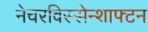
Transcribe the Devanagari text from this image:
नेचरविस्सेन्शाफ्टन